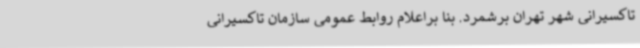
تاکسیرانی شهر تهران برشمرد. بنا براعلام روابط عمومی سازمان تاکسیرانی